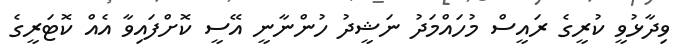
ވިދާޅުވީ ކުރީގެ ރައީސް މުހައްމަދު ނަޝީދު ހުންނާނީ އޭސީ ކޮށްފައިވާ އެއް ކޮޓަރީގެ